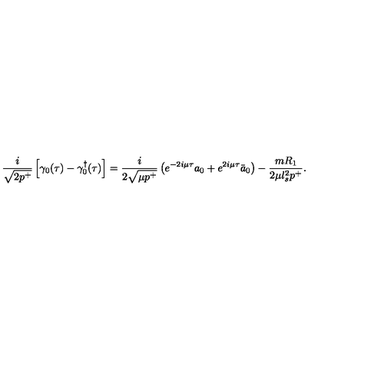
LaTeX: \frac { i } { \sqrt { 2 p ^ { + } } } \left[ \gamma _ { 0 } ( \tau ) - { \gamma _ { 0 } ^ { \dagger } } ( \tau ) \right] = \frac { i } { 2 \sqrt { \mu p ^ { + } } } \left( e ^ { - 2 i \mu \tau } a _ { 0 } + e ^ { 2 i \mu \tau } \bar { a } _ { 0 } \right) - \frac { m R _ { 1 } } { 2 \mu l _ { s } ^ { 2 } p ^ { + } } .